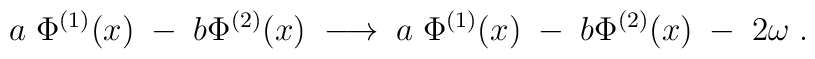
a \; \Phi^{(1)}(x) \; - \; b \Phi^{(2)}(x) \; \longrightarrow \; a \; \Phi^{(1)}(x) \; - \; b \Phi^{(2)}(x) \; - \; 2 \omega \; .